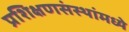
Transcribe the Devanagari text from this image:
प्रशिक्षणसंस्थांमध्ये